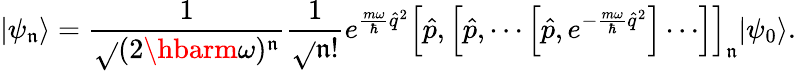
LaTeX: |\psi_{\mathfrak{n}}\rangle=\frac{{1}}{{\sqrt{}{{(2\hbarm\omega)^{\mathfrak{n}}}}}}\frac{{1}}{{\sqrt{}{{\mathfrak{n}!}}}}e^{\frac{{m\omega}}{{\hbar}}\hat{{q}}^{2}}\left[\hat{{p}},\left[\hat{{p}},\cdots\left[\hat{{p}},e^{-\frac{{m\omega}}{{\hbar}}\hat{{q}}^{2}}\right]\cdots\right]\right]_{\mathfrak{n}}|\psi_{0}\rangle.